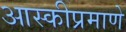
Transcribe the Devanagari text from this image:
आस्कीप्रमाणे